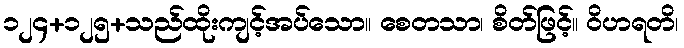
၁၂၄+၁၂၅+သည်ထိုးကျင့်အပ်သော။ စေတသာ၊ စိတ်ဖြင့်။ ဝိဟရတိ၊